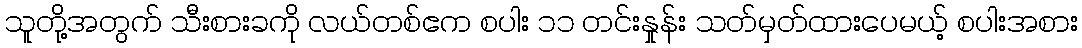
သူတို့အတွက် သီးစားခကို လယ်တစ်ဧက စပါး ၁၁ တင်းနှုန်း သတ်မှတ်ထားပေမယ့် စပါးအစား